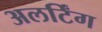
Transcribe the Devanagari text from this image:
अलर्टिंग